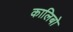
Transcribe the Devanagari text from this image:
कालिबो